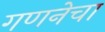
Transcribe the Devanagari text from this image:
गणनेचा